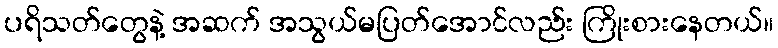
ပရိသတ်တွေနဲ့ အဆက် အသွယ်မပြတ်အောင်လည်း ကြိုးစားနေတယ်။